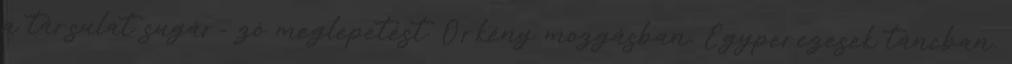
a társulat sugár- zó meglepetést. Örkény mozgásban, Egyperczesek táncban,